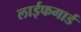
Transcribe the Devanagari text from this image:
लाईफगार्ड